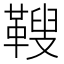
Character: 𩌅